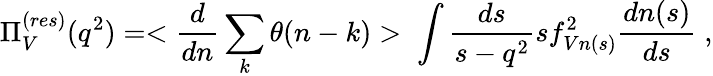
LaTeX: \Pi_{V}^{(res)}(q^{2})=<\frac{d}{dn}\sum_{k}\theta(n-k)>\; \int\frac{ds}{s-q^{2}}sf_{Vn(s)}^{2}\frac{dn(s)}{ds}\; ,